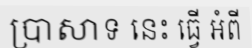
ប្រាសាទ នេះ ធ្វើ អំពី